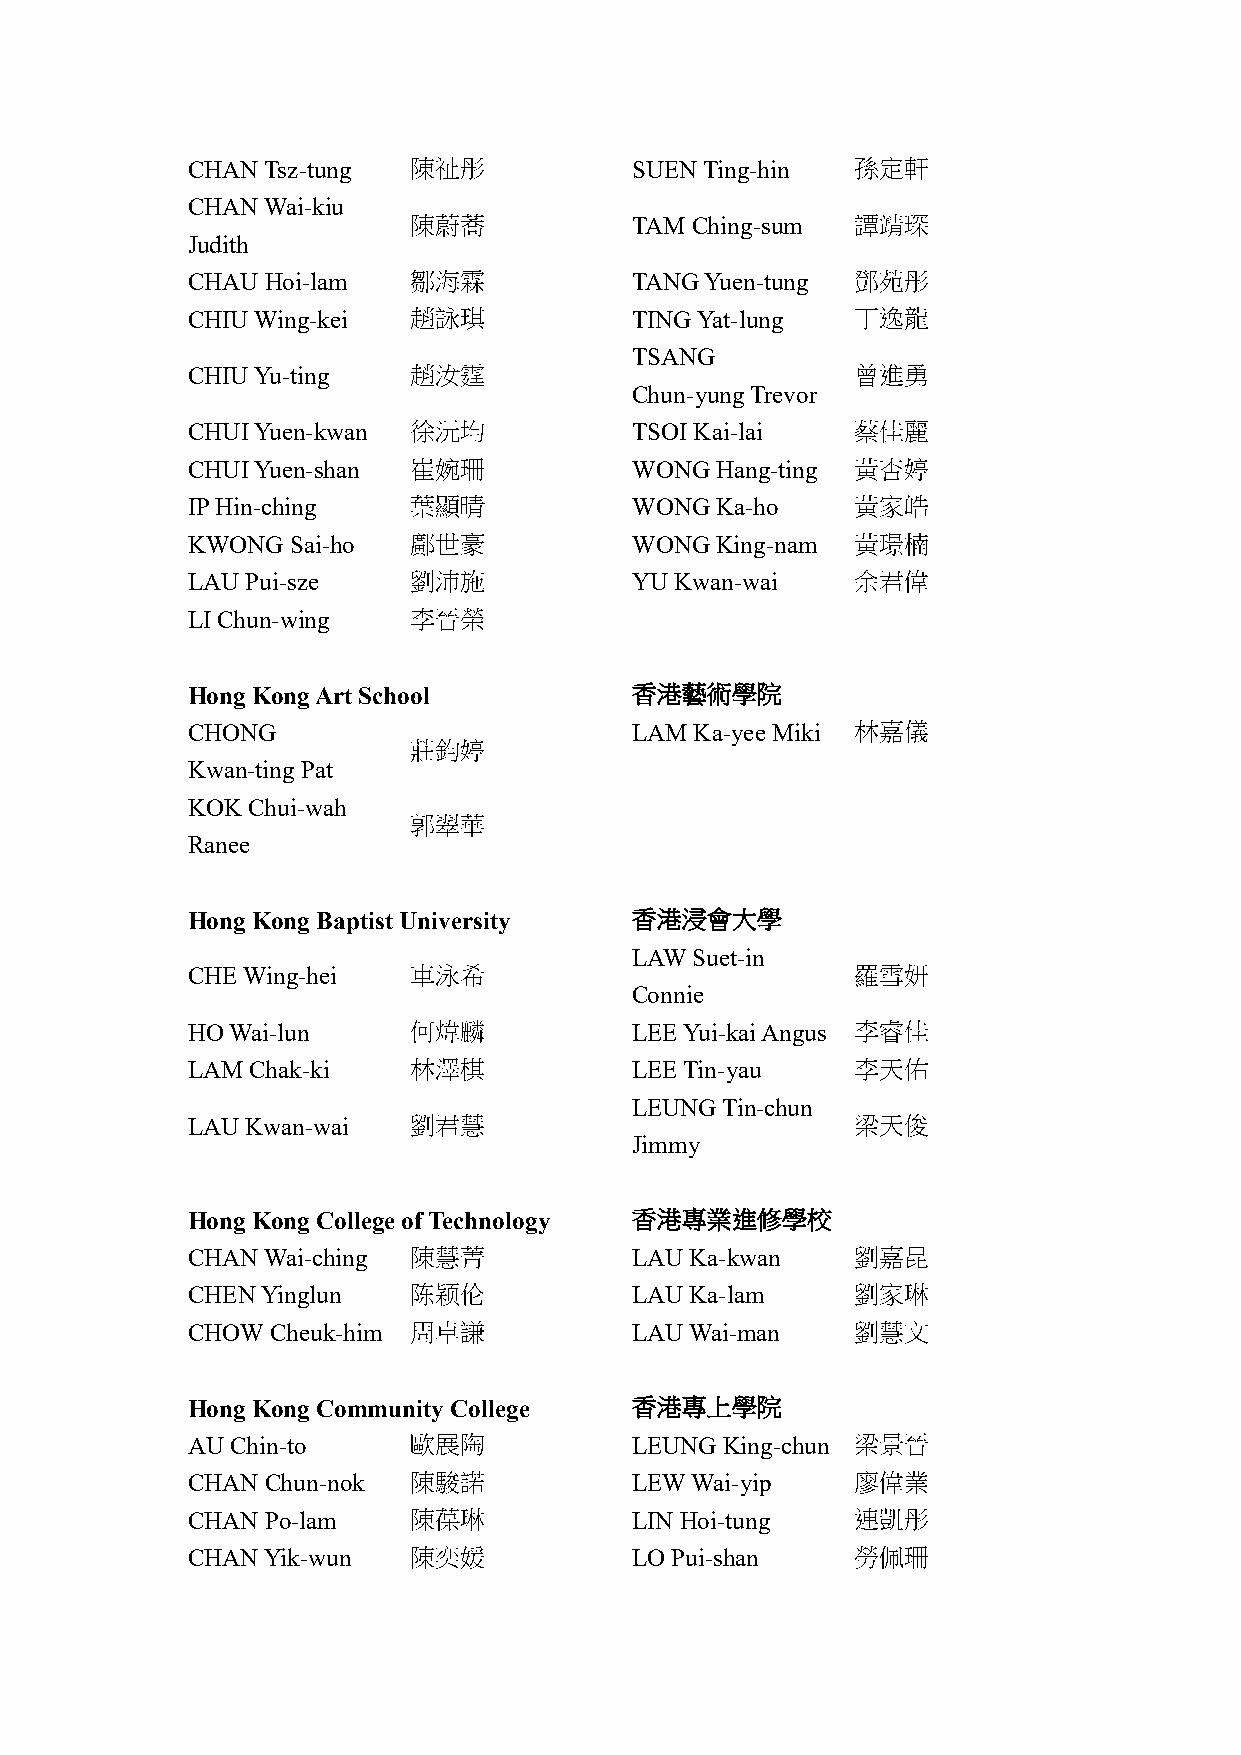
CHAN Tsz-tung  陳祉彤            SUEN Ting-hin  孫定軒
 CHAN Wai-kiu
 陳蔚蕎            TAM Ching-sum  譚靖琛
 Judith
 CHAU  Hoi-lam  鄒海霖            TANG Yuen-tung 鄧苑彤
 CHIU Wing-kei  趙詠琪            TING Yat-lung  丁逸龍
 TSANG
 CHIU Yu-ting   趙汝霆                           曾進勇
 Chun-yung Trevor
 CHUI Yuen-kwan 徐沅均            TSOI Kai-lai   蔡佳麗
 CHUI Yuen-shan 崔婉珊            WONG Hang-ting 黃杏婷
 IP Hin-ching   葉顯晴            WONG Ka-ho     黃家皓
 KWONG  Sai-ho  鄺世豪            WONG King-nam  黃璟楠
 LAU Pui-sze    劉沛施            YU Kwan-wai    余君偉
 LI Chun-wing   李晉榮
 Hong Kong Art School          香港藝術學院
 CHONG                         LAM Ka-yee Miki 林嘉儀
 莊鈞婷
 Kwan-ting Pat
 KOK Chui-wah
 郭翠華
 Ranee
 Hong Kong Baptist University  香港浸會大學
 LAW Suet-in
 CHE Wing-hei   車泳希                           羅雪妍
 Connie
 HO Wai-lun     何煒麟            LEE Yui-kai Angus 李睿佳
 LAM Chak-ki    林澤棋            LEE Tin-yau    李天佑
 LEUNG Tin-chun
 LAU Kwan-wai   劉君慧                           梁天俊
 Jimmy
 Hong Kong College of Technology 香港專業進修學校
 CHAN Wai-ching 陳慧菁            LAU Ka-kwan    劉嘉昆
 CHEN Yinglun   陈颖伦            LAU Ka-lam     劉家琳
 CHOW  Cheuk-him 周卓謙           LAU Wai-man    劉慧文
 Hong Kong Community College   香港專上學院
 AU Chin-to     歐展陶            LEUNG King-chun 梁景晉
 CHAN  Chun-nok 陳駿諾            LEW Wai-yip    廖偉業
 CHAN  Po-lam   陳葆琳            LIN Hoi-tung   連凱彤
 CHAN Yik-wun   陳奕媛            LO Pui-shan    勞佩珊